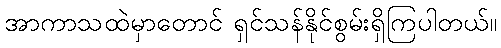
အာကာသထဲမှာတောင် ရှင်သန်နိုင်စွမ်းရှိကြပါတယ်။